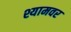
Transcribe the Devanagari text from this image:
श्यामवर